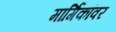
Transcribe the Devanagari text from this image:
मार्गिकांवर